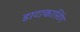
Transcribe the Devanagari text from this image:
डाटाकास्टिंग